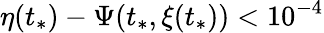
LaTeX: \eta(t_{*})-\Psi(t_{*},\xi(t_{*}))<10^{-4}